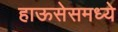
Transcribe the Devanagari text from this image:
हाऊसेसमध्ये